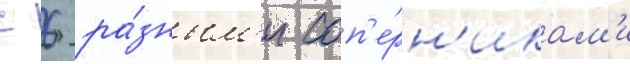
с 6 ра́зным'и соп'е́рн'икам'и